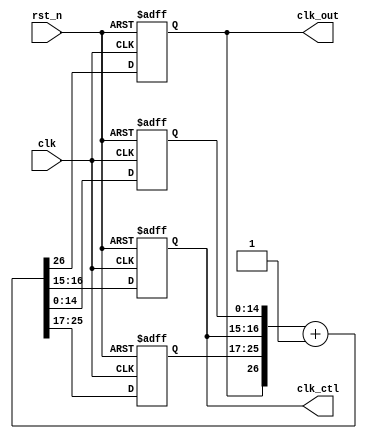
`timescale 1ns / 1ps
//////////////////////////////////////////////////////////////////////////////////
// Company: 
// Engineer: 
// 
// Design Name: 
// Module Name: frequency_divider
// Project Name: 
// Target Devices: 
// Tool Versions: 
// Description: 
// 
// Dependencies: 
// 
// Revision:
// Revision 0.01 - File Created
// Additional Comments:
// 
//////////////////////////////////////////////////////////////////////////////////

`define FREQ_DIV_BIT 27

module freqency_divider(
    clk_out,    //divided clock output
    clk_ctl,    //divided clock output for scan frequency
    clk,        //global clock input
    rst_n       //active low reset
);

output clk_out;
output [1:0]clk_ctl;
input clk;
input rst_n;

reg clk_out;    //clk output(in always block)
reg [1:0] clk_ctl;
reg [14:0] cnt_l;
reg [8:0] cnt_h;
reg [`FREQ_DIV_BIT - 1:0] cnt_tmp;   //input to dff(in always block)

//combinational logic
always @*
    cnt_tmp = {clk_out, cnt_h, clk_ctl, cnt_l}+ 1'b1;

//sequential logic
always @(posedge clk or negedge rst_n)
begin
    if (~rst_n)
        {clk_out, cnt_h, clk_ctl, cnt_l} <= `FREQ_DIV_BIT'd0;
    else
        {clk_out, cnt_h, clk_ctl, cnt_l} <= cnt_tmp;
end

endmodule